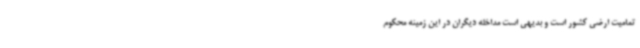
تمامیت ارضی کشور است و بدیهی است مداخله دیگران در این زمینه محکوم